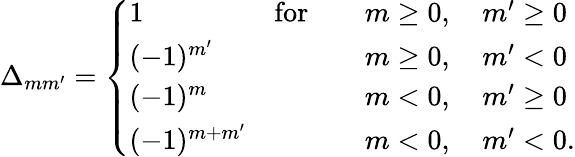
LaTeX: \Delta_{mm^{\prime}}=\left\{ \begin{array}{lll}{1\quad\quad}&{\mathrm{for}}&{\quad m\geq 0,\quad m^{\prime}\geq 0}\\ {(-1)^{m^{\prime}}}&{}&{\quad m\geq 0,\quad m^{\prime}<0}\\ {(-1)^{m}}&{}&{\quad m<0,\quad m^{\prime}\geq 0}\\ {(-1)^{m+m^{\prime}}}&{}&{\quad m<0,\quad m^{\prime}<0.}\end{array}\right.